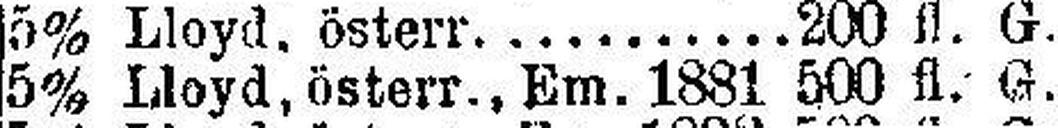
5% Lloyd, österr., Em. 1881 500 fl. G.